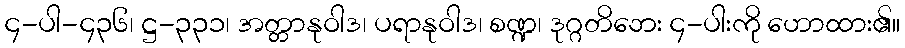
၄-ပါ-၄၃၆၊ ဋ္ဌ-၃၃၁၊ အတ္တာနုဝါဒ၊ ပရာနုဝါဒ၊ စဏ္ဍ၊ ဒုဂ္ဂတိဘေး ၄-ပါးကို ဟောထား၏။